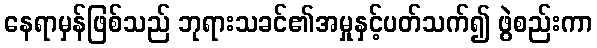
နေရာမှန်ဖြစ်သည် ဘုရားသခင်၏အမှုနှင့်ပတ်သက်၍ ဖွဲစည်းကာ